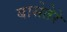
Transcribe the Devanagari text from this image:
बासेतेरे